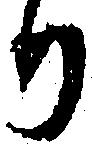
り